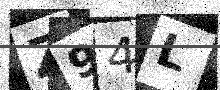
Text: Z94L